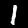
Label: 1